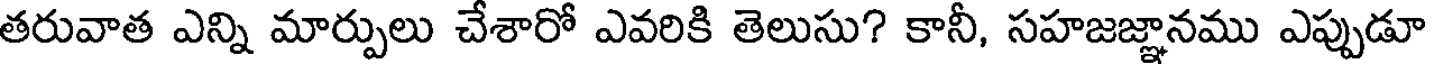
తరువాత ఎన్ని మార్పులు చేశారో ఎవరికి తెలుసు? కానీ, సహజజ్ఞానము ఎప్పుడూ